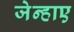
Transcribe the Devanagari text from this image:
जेन्हाए